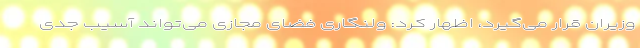
وزیران قرار می‌گیرد، اظهار کرد: ولنگاری فضای مجازی می‌تواند آسیب جدی